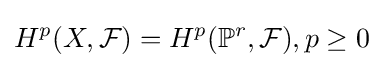
H^{p}(X,{\mathcal {F}})=H^{p}(\mathbb {P} ^{r},{\mathcal {F}}),p\geq 0